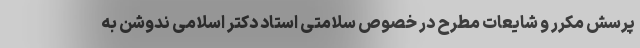
پرسش مکرر و شایعات مطرح در خصوص سلامتی استاد دکتر اسلامی ندوشن به